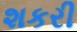
શકરી